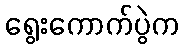
ရွေးကောက်ပွဲက